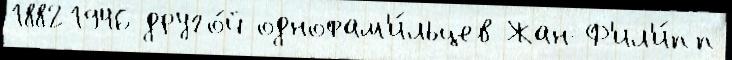
18821946 друго́й однофам'и́льцев Жан-Ф'ил'и́пп